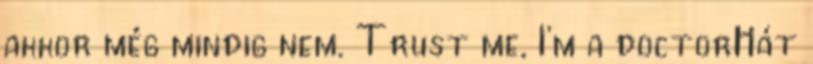
akkor még mindig nem. Trust me, I'm a doctorHát